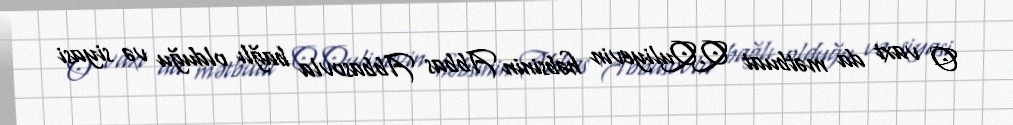
O vaxt da mətbuat Q.Quliyevin həbsinin Abbas Abbasovla bağlı olduğu və siyasi